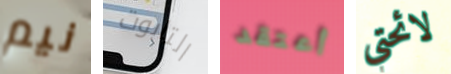
نيم التابوت أعتقد لائحتي